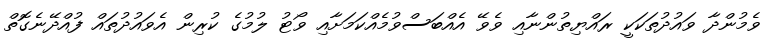
ވެމުންދާ ވައުދުތަކަކީ ރައްޔިތުންނާއި ވެވޭ އެއްބަސްވުމެއްކަމަށާއި ވޯޓު ލުމުގެ ކުރިން އެވައުދުތައް ފުއްދޭނެގޮތް